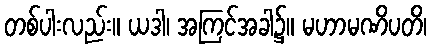
တစ်ပါးလည်း။ ယဒါ၊ အကြင်အခါ၌။ မဟာမဏိပတိ၊